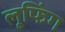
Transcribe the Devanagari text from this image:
लूफिंग